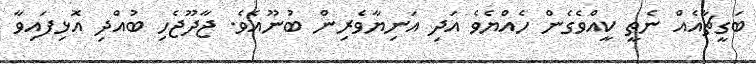
ބަގީޗާއެއް ނެތީ ކީއްވެގެން ހެއްޔެވެ އަދި އަނިޔާވެރިން ބުނޫއެވެ. ޖާދޫޖެހި ބުއްދި އޮޅިފައިވާ